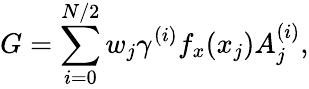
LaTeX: G=\sum_{i=0}^{N/2}w_{j}\gamma^{(i)}f_{x}(x_{j})A_{j}^{(i)},